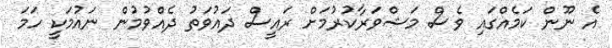
އެ ނޫން ކަމެއްގައި ވެސް މަޝްވަރާކުރުމަށް ރައީސް ދައުވަތު ދެއްވުމުން ނައުމަކީ ހަމަ